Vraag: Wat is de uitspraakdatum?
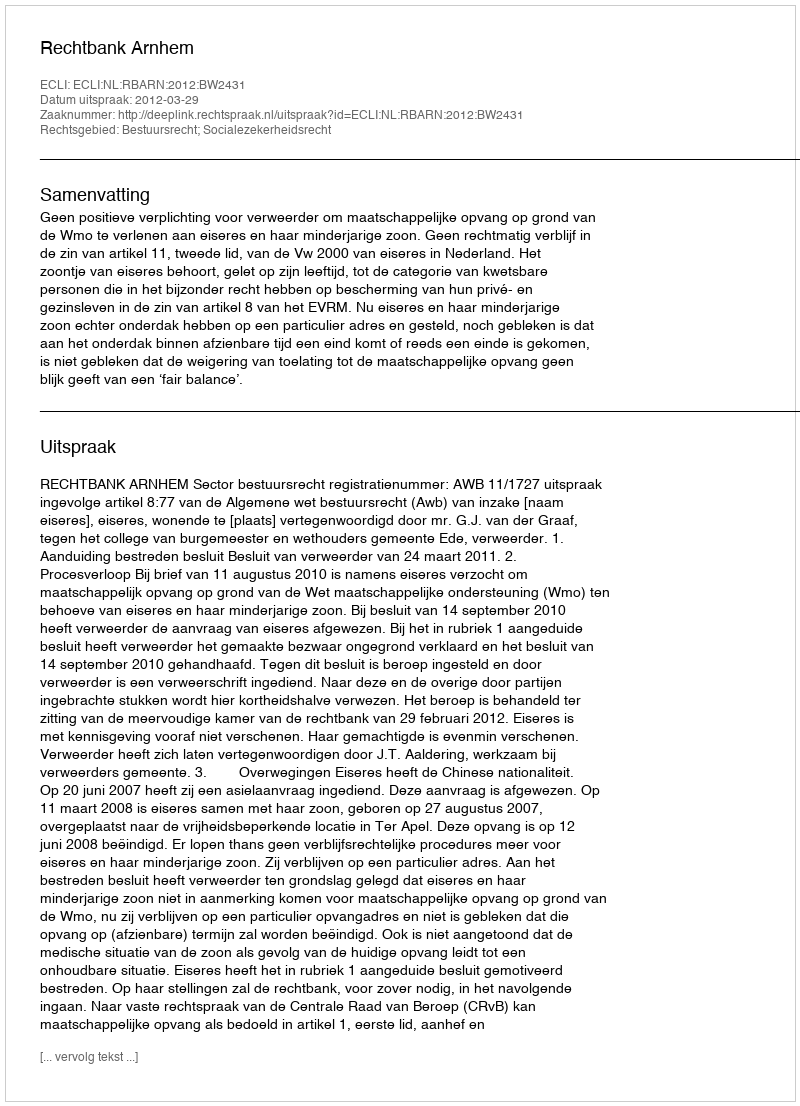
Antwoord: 2012-03-29